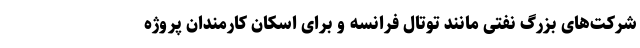
شرکت‌های بزرگ نفتی مانند توتال فرانسه و برای اسکان کارمندان پروژه